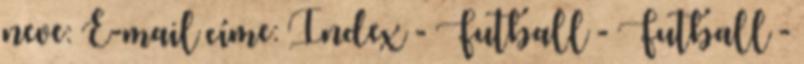
neve: E-mail címe: Index - Futball - Futball -